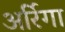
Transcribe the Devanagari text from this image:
अर्रिगा